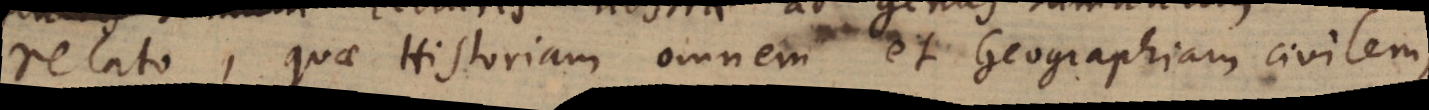
relato, quae Historiam omnem et Geographiam civilem,